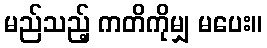
မည်သည့် ကတိကိုမျှ မပေး။